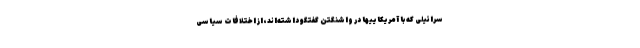
سرائیلی که با آمریکاییها در واشنگتن گفتگو داشته‌اند، از اختلافات سیاسی